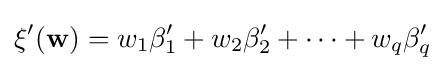
\xi '(\mathbf {w} )=w_{1}\beta _{1}'+w_{2}\beta _{2}'+\dots +w_{q}\beta _{q}'